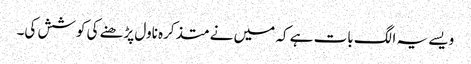
ویسے یہ الگ بات ہے کہ میں نے متذکرہ ناول پڑھنے کی کوشش کی۔